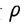
Character: P